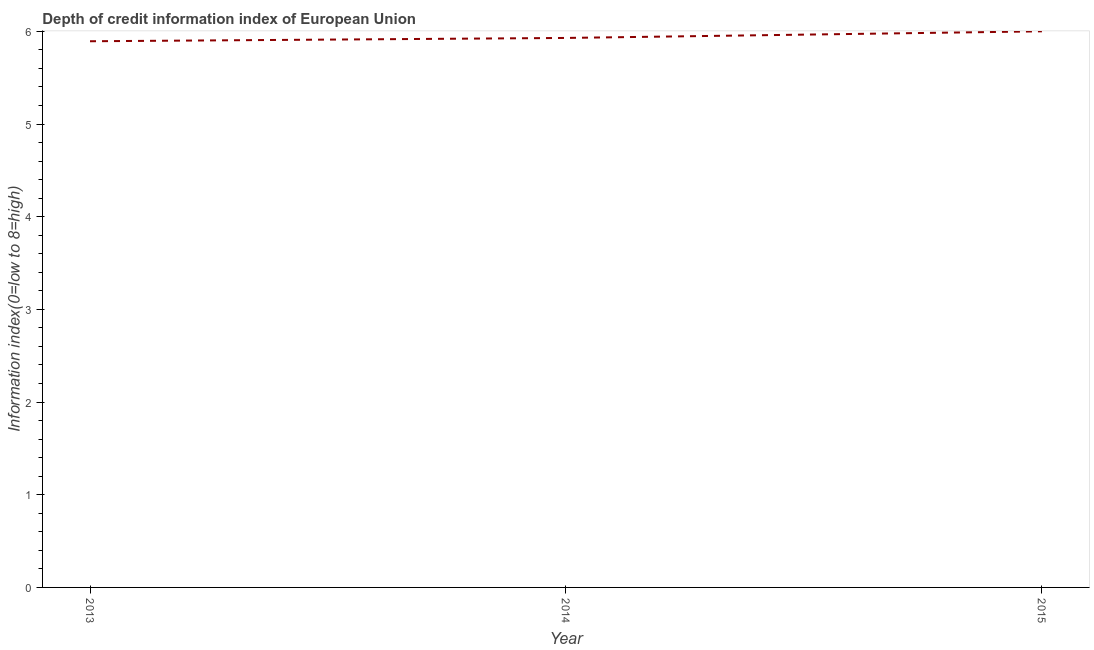
| Year | Depth of credit information index |
 | --- | --- |
 | 2013 | 5.89 |
 | 2014 | 5.93 |
 | 2015 | 6 |